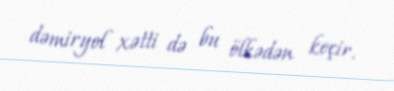
dəmiryol xətti də bu ölkədən keçir.